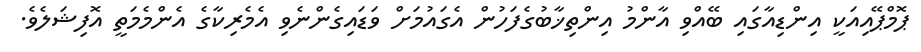
ޕޮމްޕޭއިއަކީ އިންޑިއާގައި ބޭއްވި އާންމު އިންތިޚާބުގެފަހުން އެގައުމަށް ވަޑައިގެންނެވި އެމެރިކާގެ އެންމެމަތީ އޮފިޝަލެވެ.